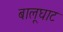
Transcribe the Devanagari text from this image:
बालूघाट